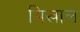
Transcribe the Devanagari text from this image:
मिखाल